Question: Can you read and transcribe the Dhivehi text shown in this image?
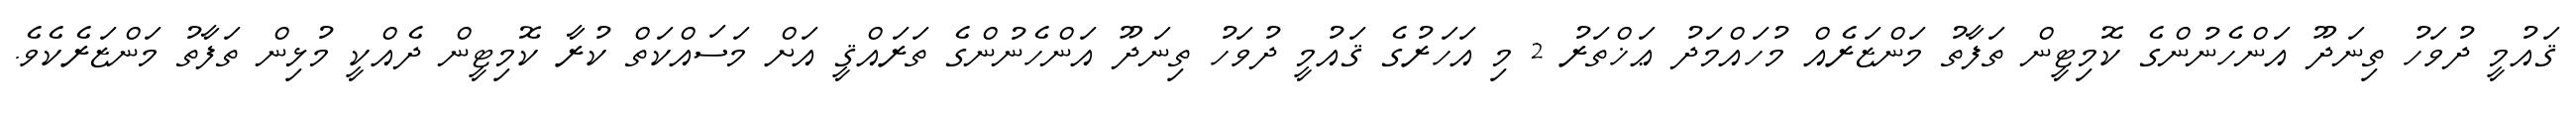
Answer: ޤައުމީ ދުވަހު ތިނަދޫ އަންހެނުންގެ ކޮމިޓީން ތަފާތު މަންޒަރެއް މުހައްމަދު ޢަޚްތަރު 2 މި އަހަރުގެ ޤައުމީ ދުވަހު ތިނަދޫ އަންހެނުންގެ ތަރައްޤީ އަށް މަސައްކަތް ކުރާ ކޮމިޓީން ދެއްކީ މުޅިން ތަފާތު މަންޒަރެކެވެ.